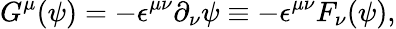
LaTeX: G^{\mu}(\psi)=-{\epsilon}^{{\mu}{\nu}}{\partial}_{\nu}{\psi}\equiv-{\epsilon}^{{\mu}{\nu}}F_{\nu}(\psi),